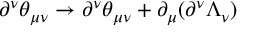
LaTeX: \partial ^ { \nu } \theta _ { \mu \nu } \rightarrow \partial ^ { \nu } \theta _ { \mu \nu } + \partial _ { \mu } ( \partial ^ { \nu } \Lambda _ { \nu } )